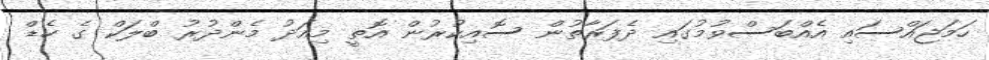
ހަމަަޖައްސައި އެއްބަސްވުމުގައި ދެފަރާތުން ސޮއިކުރުން އޮތީ މިއަދު މެންދުރު ބްލަކް ގެ ހެޑް